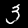
Digit: 3